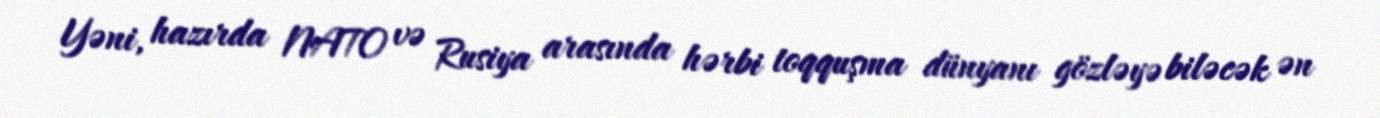
Yəni, hazırda NATO və Rusiya arasında hərbi toqquşma dünyanı gözləyə biləcək ən